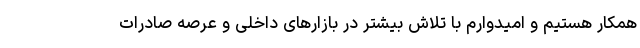
همکار هستیم و امیدوارم با تلاش بیشتر در بازارهای داخلی و عرصه صادرات